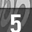
Digit: 5